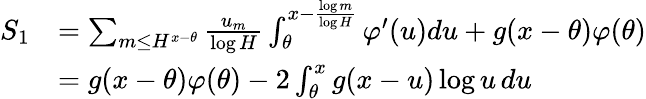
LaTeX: \begin{array}{rl}{S_{1}}&{=\sum_{m\le H^{x-\theta}}\frac{u_{m}}{\log H}\int_{\theta}^{x-\frac{\log m}{\log H}}\varphi^{\prime}(u)du+g(x-\theta)\varphi(\theta)}\\ &{=g(x-\theta)\varphi(\theta)-2\int_{\theta}^{x}g(x-u)\log u\, du}\end{array}